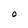
Character: O